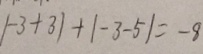
\vert - 3 + 3 \vert + \vert - 3 - 5 \vert = - 8